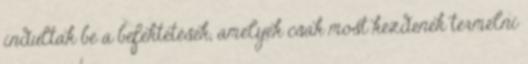
indultak be a befektetések, amelyek csak most kezdenek termelni